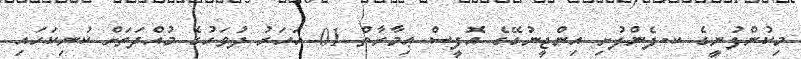
މިކުންފުނީގެ ކ.ފެންފުށި އިންޖީނުގޭގެ އޮފީސް ޢިމާރާތް 01 އަހަރު ދުވަހުގެ މުއްދަތަށް ކުނިކަހައި